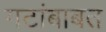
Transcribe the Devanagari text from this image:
गटांबाबत